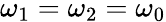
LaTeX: \omega_{1}=\omega_{2}=\omega_{0}